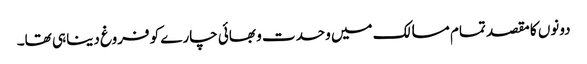
دونوں کا مقصد تمام مسالک میں وحدت و بھائی چارے کو فروغ دینا ہی تھا۔